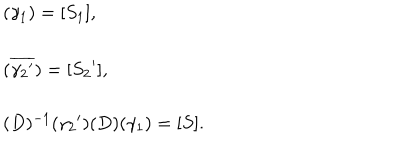
LaTeX: \left. \begin{array} { l } { { ( \gamma _ { 1 } ) = [ S _ { 1 } ] , } } \\ { { ( \overline { { { { \gamma _ { 2 } } ^ { \prime } } } } ) = [ { S _ { 2 } } ^ { \prime } ] , } } \\ { { ( D ) ^ { - 1 } ( { \gamma _ { 2 } } ^ { \prime } ) ( D ) ( \gamma _ { 1 } ) = [ S ] . } } \\ \end{array} \right.